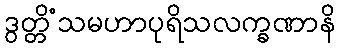
ဒွတ္တိံသမဟာပုရိသလက္ခဏာနိ